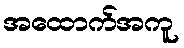
အထောက်အကူ